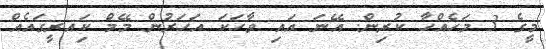
މީގެ 3 މަހެއްހާ ކުރިން. އޭނަ އައި ވާހަކަ އަހަރުން މޭމް ކަިއރީގައެއް